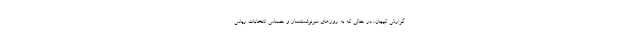
گزارش کیهان، در حالی که به روزهای سرنوشت‌ساز و حساس انتخابات ریاس